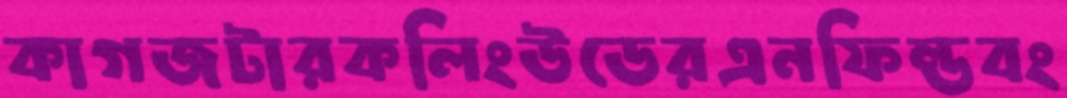
কাগজটারকলিংউডেরএনফিল্ডবং